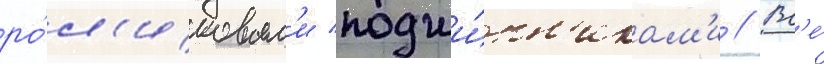
ро́л'иковым'и подши́пн'икам'и // Вс'е́